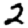
Digit: 2